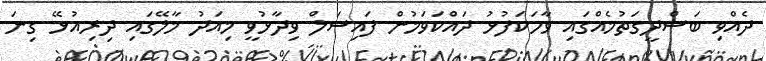
ދެއްވި ބަސްދީގަތުމެއްގައި ވާހަކަފުޅު ދައްކަވަމުން ފައިސަލް ވިދާޅުވީ މިއަދު މާލޭގައި ދިރިއުޅޭ ގިނަ